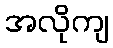
အလိုကျ